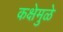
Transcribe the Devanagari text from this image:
कक्षेमुळे